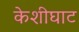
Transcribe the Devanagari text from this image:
केशीघाट